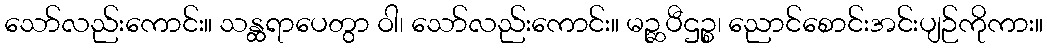
သော်လည်းကောင်း။ သန္ထရာပေတွာ ဝါ၊ သော်လည်းကောင်း။ မဉ္ဆပီဌဉ္စ၊ ညောင်စောင်းအင်းပျဉ်ကိုကား။